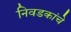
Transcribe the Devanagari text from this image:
निवडकांचे